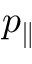
p _ { \parallel }